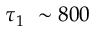
\tau _ { 1 } ~ \sim 8 0 0